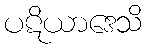
ပဋိယာဒေသိ